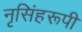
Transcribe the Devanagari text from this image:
नृसिंहरूपी